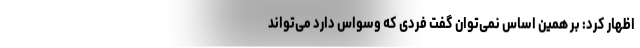
اظهار کرد: بر همین اساس نمی‌توان گفت فردی که وسواس دارد می‌تواند